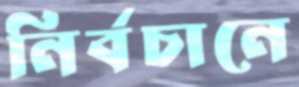
নির্বচানে